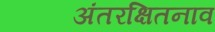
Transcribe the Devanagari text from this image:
अंतरक्षितनाव